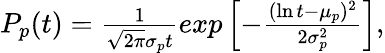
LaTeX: \begin{array}{r}{\begin{array}{r}{P_{p}(t)=\frac{1}{\sqrt{2\pi}\sigma_{p}t}exp\left[-\frac{(\ln t-\mu_{p})^{2}}{2\sigma_{p}^{2}}\right],}\end{array}}\end{array}